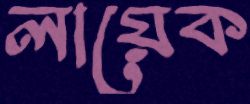
লায়েক